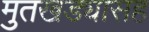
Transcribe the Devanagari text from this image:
मुतखड्यासह